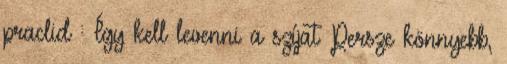
praclid : Így kell levenni a szíjat Persze könnyebb,